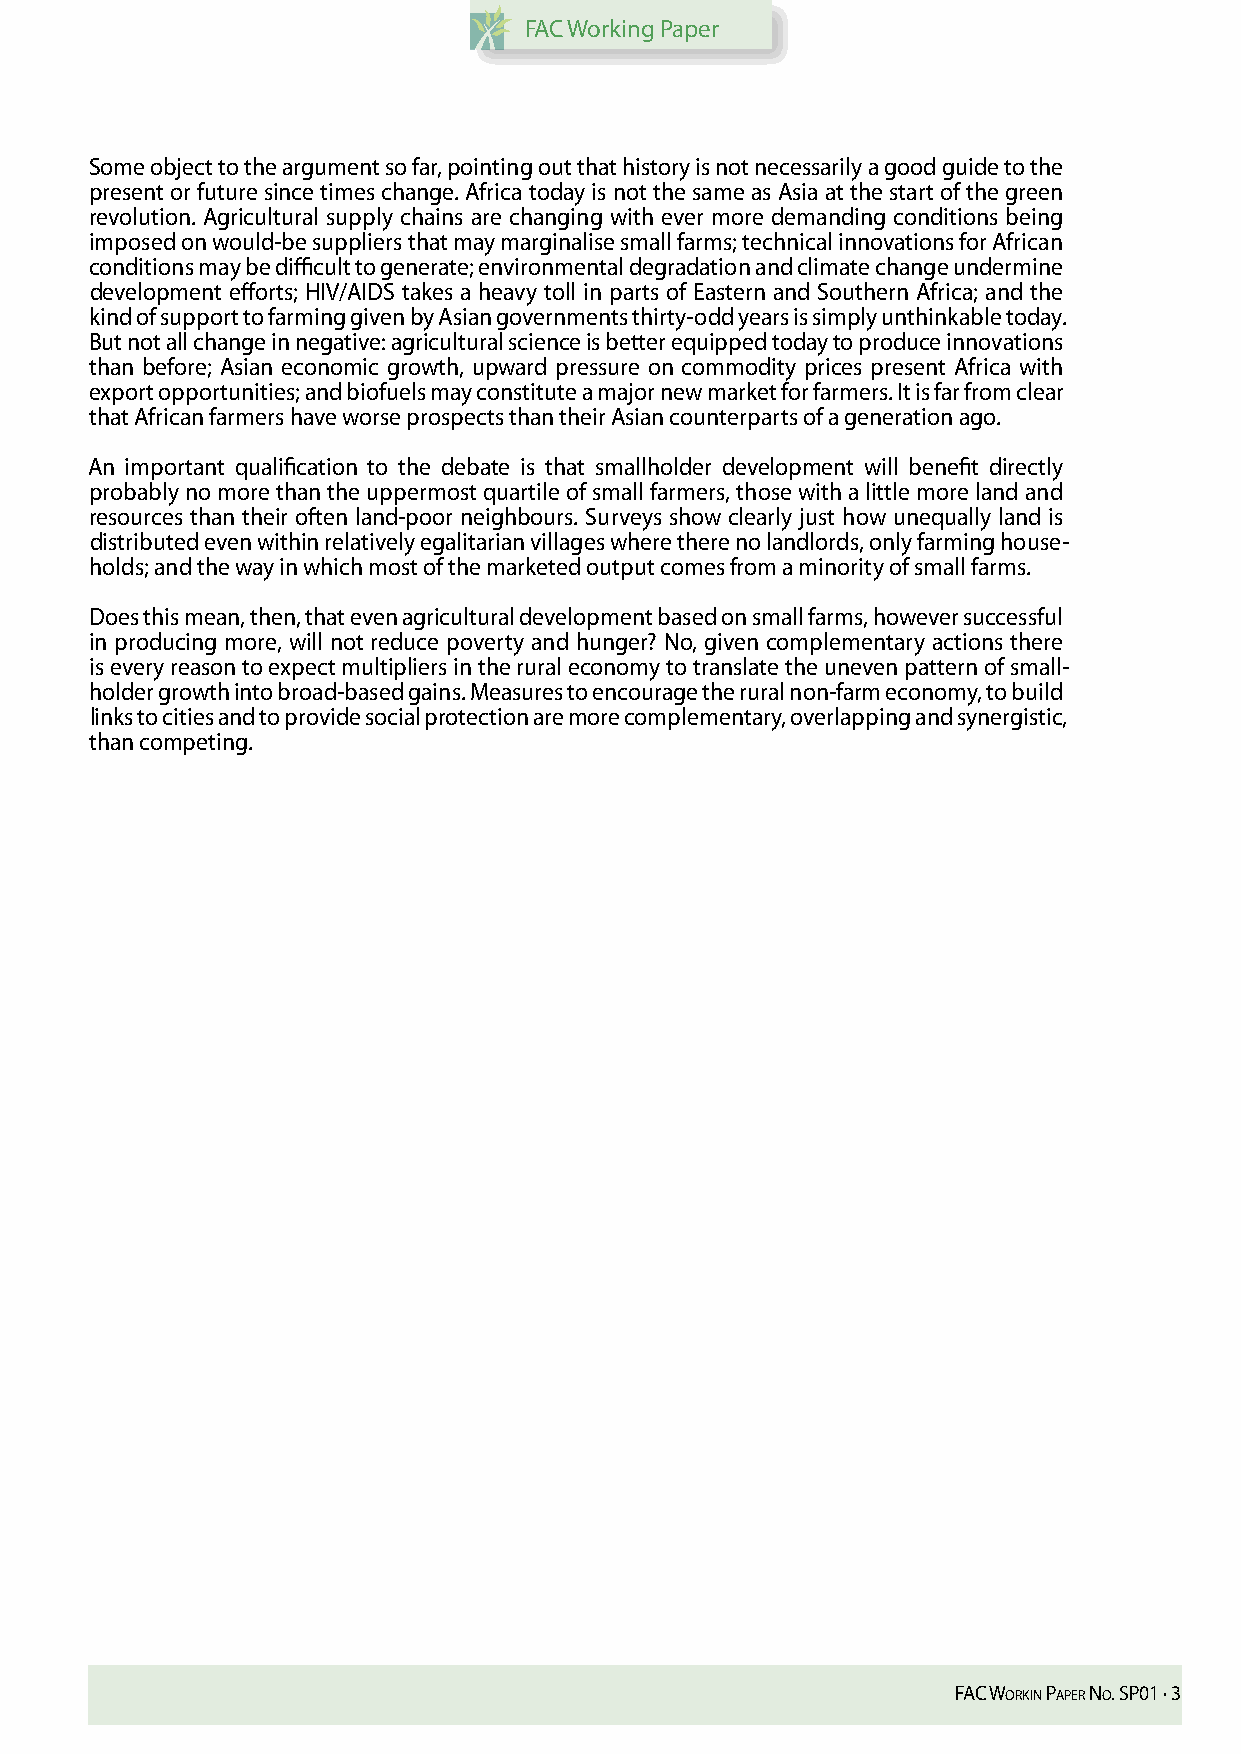
FAC Working Paper
 Some object to the argument so far, pointing out that history is not necessarily a good guide to the
 present or future since times change. Africa today is not the same as Asia at the start of the green
 revolution. Agricultural supply chains are changing with ever more demanding conditions being
 imposed on would-be suppliers that may marginalise small farms; technical innovations for African
 conditions may be difficult to generate; environmental degradation and climate change undermine
 development efforts; HIV/AIDS takes a heavy toll in parts of Eastern and Southern Africa; and the
 kind of support to farming given by Asian governments thirty-odd years is simply unthinkable today.
 But not all change in negative: agricultural science is better equipped today to produce innovations
 than before; Asian economic growth, upward pressure on commodity prices present Africa with
 export opportunities; and biofuels may constitute a major new market for farmers. It is far from clear
 that African farmers have worse prospects than their Asian counterparts of a generation ago.
 An important qualification to the debate is that smallholder development will benefit directly
 probably no more than the uppermost quartile of small farmers, those with a little more land and
 resources than their often land-poor neighbours. Surveys show clearly just how unequally land is
 distributed even within relatively egalitarian villages where there no landlords, only farming house-
 holds; and the way in which most of the marketed output comes from a minority of small farms.
 Does this mean, then, that even agricultural development based on small farms, however successful
 in producing more, will not reduce poverty and hunger? No, given complementary actions there
 is every reason to expect multipliers in the rural economy to translate the uneven pattern of small-
 holder growth into broad-based gains. Measures to encourage the rural non-farm economy, to build
 links to cities and to provide social protection are more complementary, overlapping and synergistic,
 than competing.
 FFAACC WWoorrkkiinn gP APPAePre rn ·o N. SoP. 0018 ·· 33